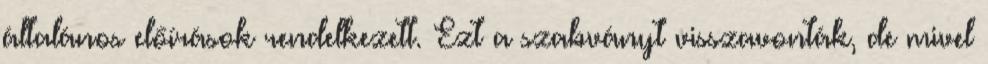
általános előírások rendelkezett. Ezt a szabványt visszavonták, de mivel